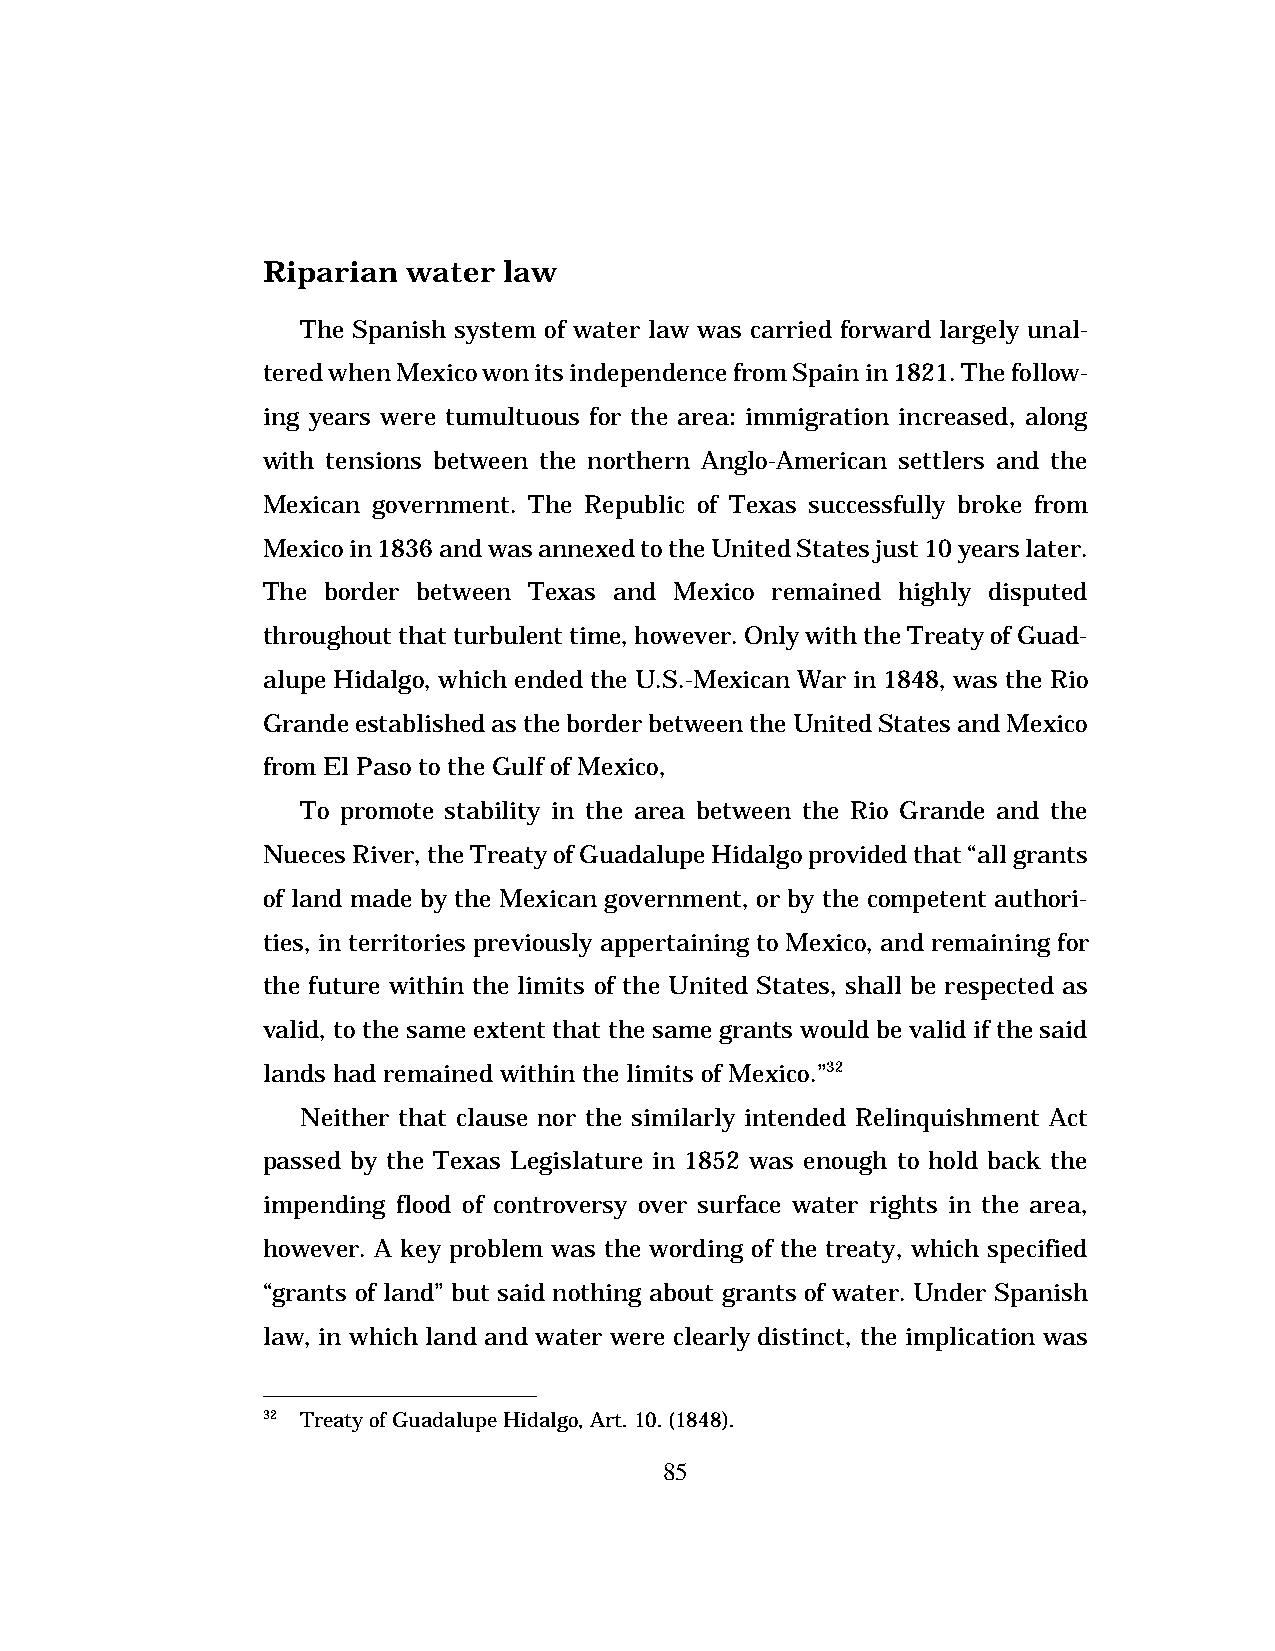
Riparian  water law
 The Spanish system of water law was carried forward largely unal-
 tered when Mexico won its independence from Spain in 1821. The follow-
 ing years were tumultuous for the area: immigration increased, along
 with tensions between the northern Anglo-American settlers and the
 Mexican government. The Republic of Texas successfully broke from
 Mexico in 1836 and was annexed to the United States just 10 years later.
 The border between Texas and Mexico remained highly disputed
 throughout that turbulent time, however. Only with the Treaty of Guad-
 alupe Hidalgo, which ended the U.S.-Mexican War in 1848, was the Rio
 Grande established as the border between the United States and Mexico
 from El Paso to the Gulf of Mexico,
 To promote stability in the area between the Rio Grande and the
 Nueces River, the Treaty of Guadalupe Hidalgo provided that “all grants
 of land made by the Mexican government, or by the competent authori-
 ties, in territories previously appertaining to Mexico, and remaining for
 the future within the limits of the United States, shall be respected as
 valid, to the same extent that the same grants would be valid if the said
 lands had remained within the limits of Mexico.”32
 Neither that clause nor the similarly intended Relinquishment Act
 passed by the Texas Legislature in 1852 was enough to hold back the
 impending flood of controversy over surface water rights in the area,
 however. A key problem was the wording of the treaty, which specified
 “grants of land” but said nothing about grants of water. Under Spanish
 law, in which land and water were clearly distinct, the implication was
 32 Treaty of Guadalupe Hidalgo, Art. 10. (1848).
 85